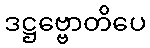
ဒဋ္ဌဗ္ဗောတိပေ